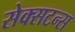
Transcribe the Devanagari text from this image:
सेक्सटन्स